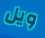
ويل